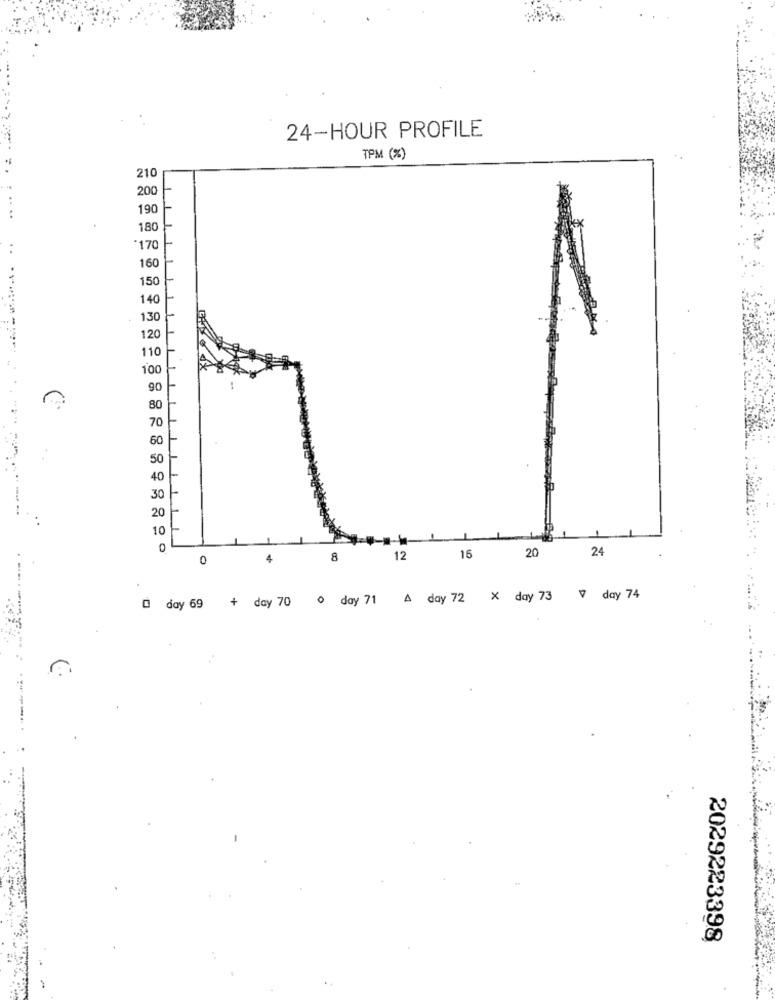
24-HOUR PROFILE
TPM (%)
210
...
200
190
....
180
·170
160
150
30
20
110
100
11
30
10
0
20
24
0
4
8
12
15
0 day 69 + day 70 0 day 71 A day 72 X day 73 0 day 74
2029223398